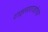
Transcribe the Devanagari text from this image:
राक्षसराजांचा